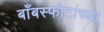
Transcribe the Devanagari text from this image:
बाँबस्फोटांच्या